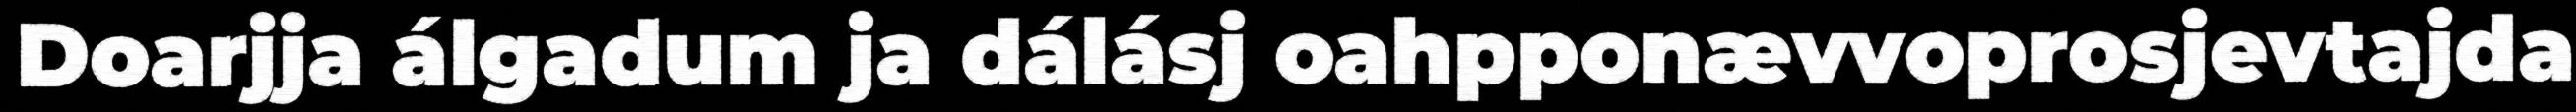
Doarjja álgadum ja dálásj oahpponævvoprosjevtajda